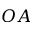
O A